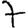
Digit: 7